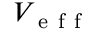
V _ { \mathrm { ~ e ~ f ~ f ~ } }